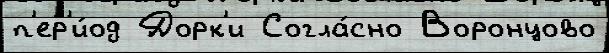
п'ер'и́од Дорк'и Согла́сно Воронцово